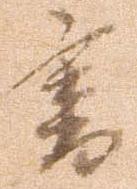
書